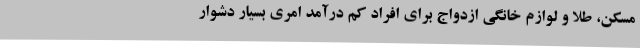
مسکن، طلا و لوازم خانگی ازدواج برای افراد کم درآمد امری بسیار دشوار